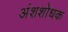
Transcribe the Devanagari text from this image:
अंशशोधक